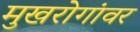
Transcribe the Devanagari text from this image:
मुखरोगांवर